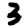
Digit: 3